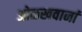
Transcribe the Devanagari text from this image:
ओळखवानां